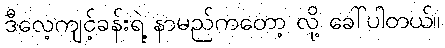
ဒီလေ့ကျင့်ခန်းရဲ့ နာမည်ကတော့ လို့ ခေါ်ပါတယ်။